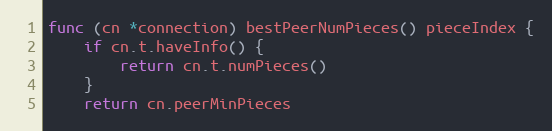
Language: Go
func (cn *connection) bestPeerNumPieces() pieceIndex {
	if cn.t.haveInfo() {
		return cn.t.numPieces()
	}
	return cn.peerMinPieces